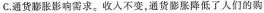
C. 通货膨胀影响需求。收入不变，通货膨胀降低了人们的购